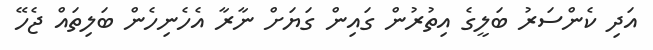
އަދި ކެންސަރު ބަލީގެ އިތުރުން ގައިން ގަޔަށް ނާރާ އެހެނިހެން ބަލިތައް ޖެހޭ